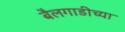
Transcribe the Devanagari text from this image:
बैलगाडीच्या